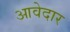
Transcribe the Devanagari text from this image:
आवेदार